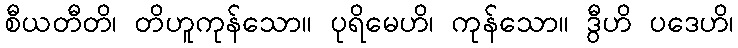
စီယတီတိ၊ တိဟူကုန်သော။ ပုရိမေဟိ၊ ကုန်သော။ ဒွီဟိ ပဒေဟိ၊